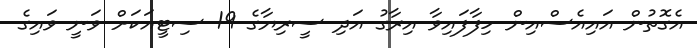
އެގޮތުން އައިއެސްއިން ހިފާފައިވާ އިރާގު އަދި ސީރިޔާގެ 19 ސިޓީއަކަށް ވަނީ ވައިގެ